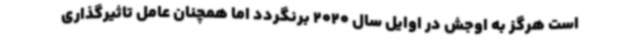
است هرگز به اوجش در اوایل سال 2020 برنگردد اما همچنان عامل تاثیرگذاری